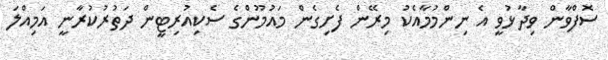
ސޮފްވާން ވިދާޅުވީ އެ ނިންމުމާއެކު މިރޭން ފެށިގެން މައުމޫންގެ ސެކިއުރިޓީން ދަތުރުކުރާނީ އަމިއްލަ